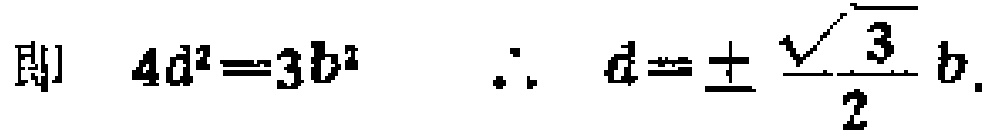
即 \(4d^{2}=3b^{2}\)  \(\therefore d = \pm\frac{\sqrt{3}}{2}b\).